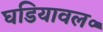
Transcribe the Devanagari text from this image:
घडियावल॰